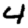
Digit: 4